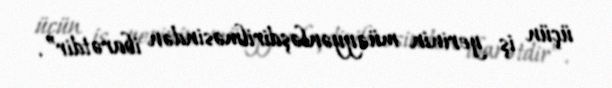
üçün iş yerinin müəyyənləşdirilməsindən ibarətdir”.